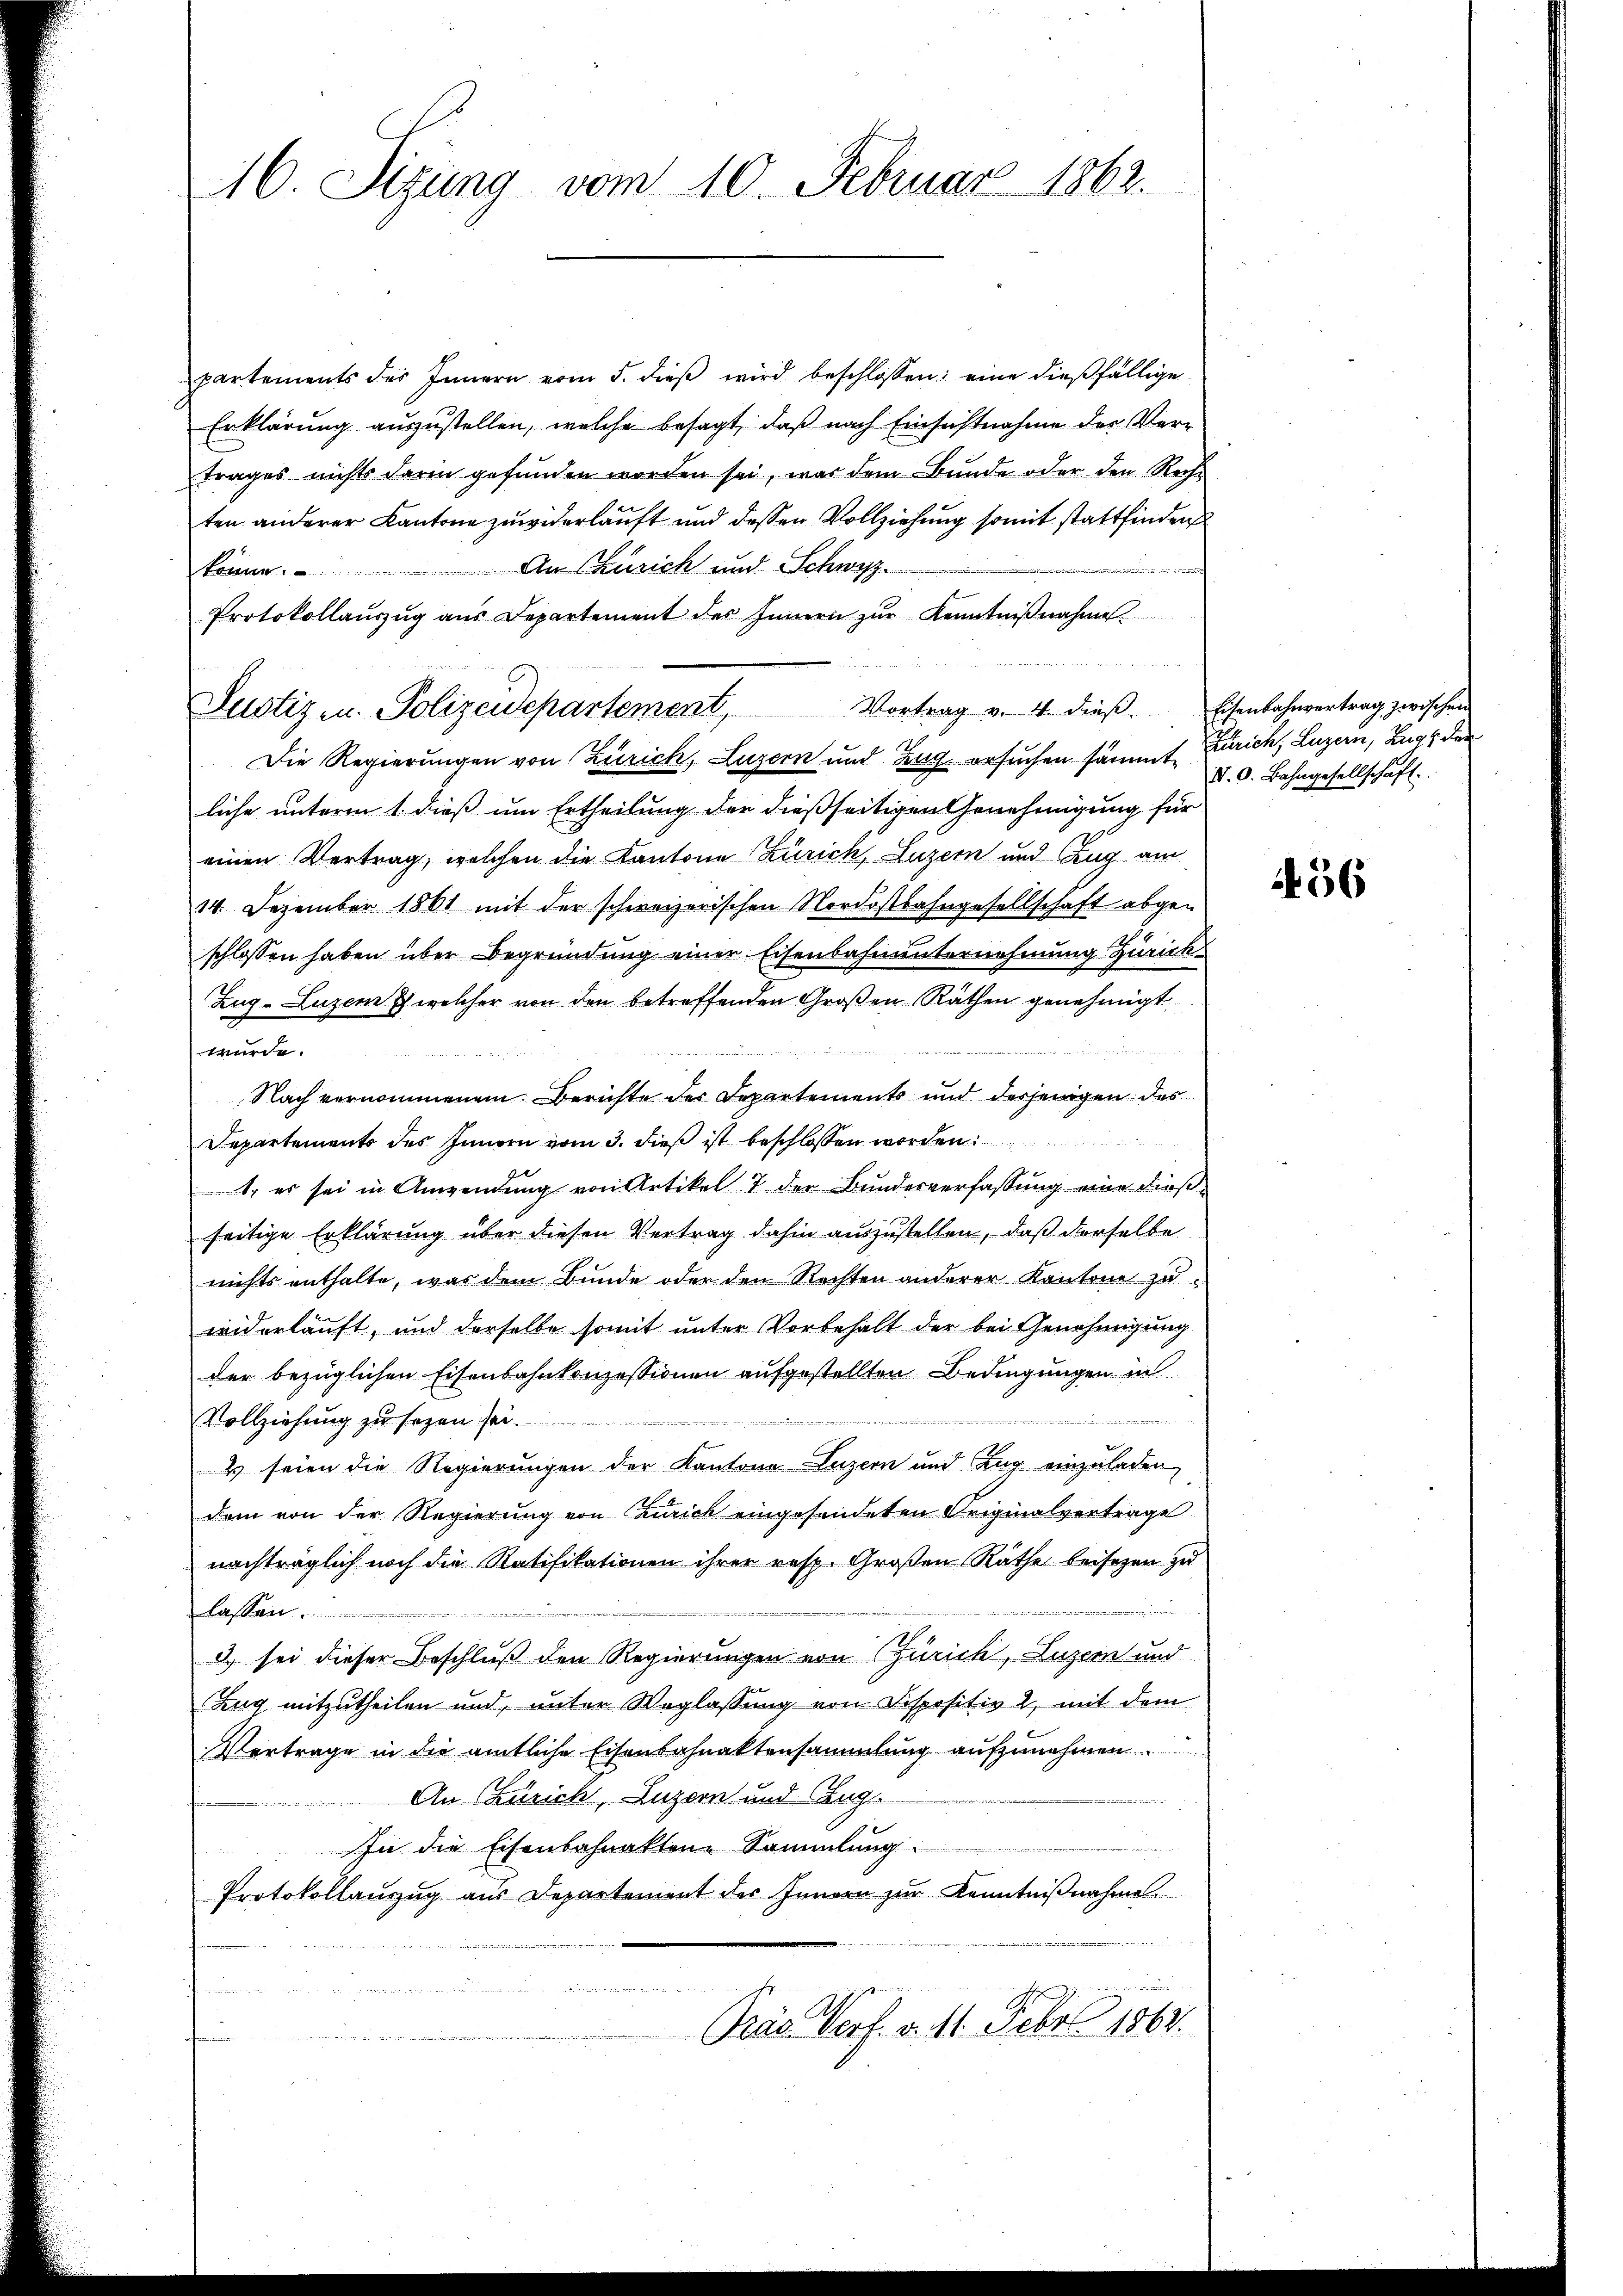
16. Sizung vom 10. Februar 1862.

partements des Innern vom 5. dieβ wird beschlossen: eine dießfällige
Erklärung auszustellen, welche besagt, daß nach Einsichtnahme der Vertrages nichts darin gefŭnden worden sei, was dem Bŭnde oder den Recht
ten anderer Kantone zuwiderlauft und dessen Vollziehung somit stattfinden
An Zürich und Schwyz.
f
könne
Protokollaŭszŭg aŭs Departement des Innern zŭr Kenntniβnahme
Die Regierungen von Zürich, Luzern und Zug ersuchen sämmt, d. d. Bahngesellschaft
liche unterm 1. dieß um Ertheilung der dießseitigen Genehmigung für
einen Vertrag, welchen die Kantone Zürich, Luzern und Zug am
14. Dezember 1861 mit der schweizerischen Nordostbahngesellschaft abgen
schlossen haben über Begründung einer Eisenbahnunternehmung Zürich
Zug–Luzern & welcher von den betreffenden Großen Räthen genehmigt
wurde.
 le der
Nach vernommenem Berichte der Departements und derjenigen des
Departements des Innern vom 3. dieß ist beschlossen worden
1. es sei in Anwendung von Artikel 7 der Bundesverfassung eine dießseitige Erklärung über diesen Vertrag dahin auszustellen, daß derselbe
nichts enthalte, was dem Bunde oder den Rechten anderer Kantone zu
widerlauft, und derselbe somit unter Vorbehalt der bei Genehmigung
der bezüglichen Eisenbahnkonzessionen aufgestellten Bedingungen in
Vollziehung zu sezen sei.
2 seien die Regierungen der Kantons Luzern und Zug einzuladen,
dem von der Regierung von Caurich eingesendeten Originalvertrage
nachträglich noch die Ratifikationen ihrer resp. Großen Räthe beisezen zu
lassen.
3) sei dieser Beschluß den Regierungen von Zürich, Luzern und
Zug mitzutheilen und, unter Weglassung von Dispositiv 2., mit dem
Vertrage in die amtliche Eisenbahnaktensammlung aufzunehmen
 An Zürich, Luzern und Zug.
n
In die Eisenbahnaktene Sammlung

Protokollauszug aus Departement des Innern zur Kenntnißnahme
Pras Verf. v. 11. Febr. 1862.
u

Justiz- u. Polizeidepartement, Vortrag v. 4. dieβ. Eisenbahnvertrag zwischen

Zürich, Luzern, Zug der

4. 56